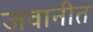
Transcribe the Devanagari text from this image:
जवानीत